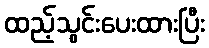
ထည့်သွင်းပေးထားပြီး